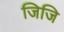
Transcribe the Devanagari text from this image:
जिजि